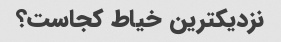
نزدیکترین خیاط کجاست؟